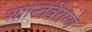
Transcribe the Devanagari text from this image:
शान्तिर्वैराग्यं